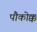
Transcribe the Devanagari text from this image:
पौकोक्क